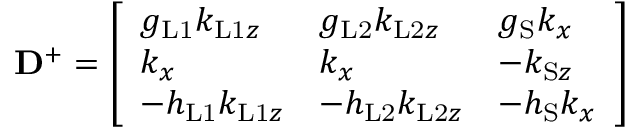
\mathbf { D } ^ { + } = \left[ \begin{array} { l l l } { g _ { \mathrm { L 1 } } k _ { \mathrm { L 1 } z } } & { g _ { \mathrm { L 2 } } k _ { \mathrm { L 2 } z } } & { g _ { \mathrm { S } } k _ { x } } \\ { k _ { x } } & { k _ { x } } & { - k _ { \mathrm { S } z } } \\ { - h _ { \mathrm { L 1 } } k _ { \mathrm { L 1 } z } } & { - h _ { \mathrm { L 2 } } k _ { \mathrm { L 2 } z } } & { - h _ { \mathrm { S } } k _ { x } } \end{array} \right]